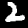
Label: 2